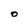
Character: O